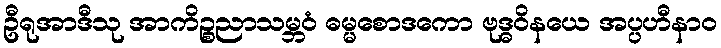
ဦရုအာဒီသု အာကိဉ္စညာသမ္ဘဝံ ဓမ္မစောဒကော ဗုဒ္ဓဝိနယေ အပ္ပဟီနာဝ